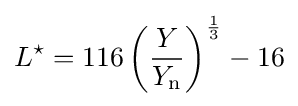
L^{\star }=116\left({\frac {Y}{Y_{\mathrm {n} }}}\right)^{\frac {1}{3}}-16